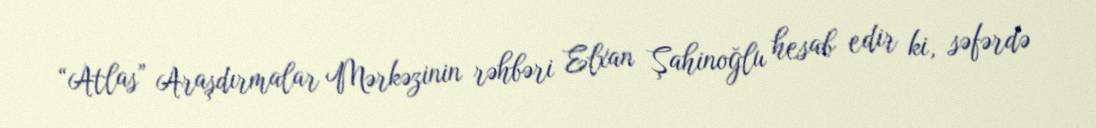
“Atlas” Araşdırmalar Mərkəzinin rəhbəri Elxan Şahinoğlu hesab edir ki, səfərdə